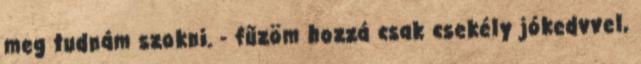
meg tudnám szokni. - fűzöm hozzá csak csekély jókedvvel,